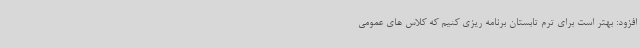
افزود: بهتر است برای ترم تابستان برنامه ریزی کنیم که کلاس های عمومی